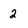
Character: 2